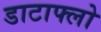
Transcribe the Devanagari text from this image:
डाटाफ्लो